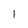
Character: 1